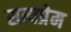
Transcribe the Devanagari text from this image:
सत्यप्रेम